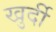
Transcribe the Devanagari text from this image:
खुर्दी